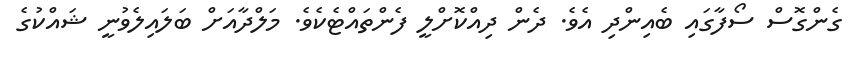
ގެންގޮސް ސޯފާގައި ބެއިންދި އެވެ. ދެން ދިއްކޮށްލީ ފެންތައްޓެކެވެ. މަލްދާއަށް ބަލައިލެވުނީ ޝައްކުގެ